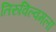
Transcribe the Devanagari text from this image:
तिरुविल्वमला